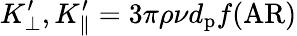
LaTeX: {K_{\bot}^{\prime}},{K_{\parallel}^{\prime}}=3\pi\rho\nu d_{\mathrm{p}}f(\textrm{AR})